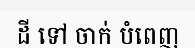
ដី ទៅ ចាក់ បំពេញ